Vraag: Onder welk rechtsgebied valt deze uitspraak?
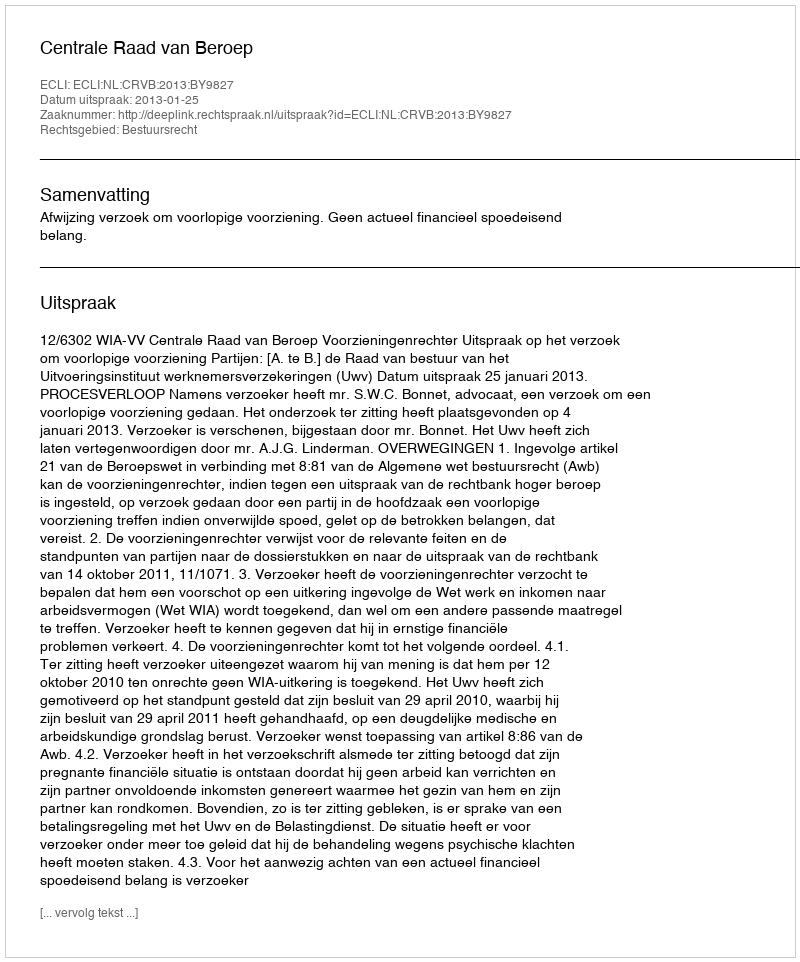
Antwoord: Bestuursrecht